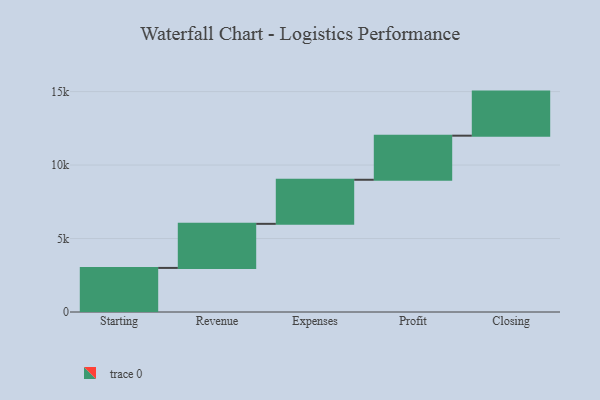
{"axis": {"x": "Step", "y": "Value"}, "legend": [""], "data": [{"x": "Starting", "y": 3000, "type": ""}, {"x": "Revenue", "y": 3000, "type": ""}, {"x": "Expenses", "y": 3000, "type": ""}, {"x": "Profit", "y": 3000, "type": ""}, {"x": "Closing", "y": 3000, "type": ""}]}